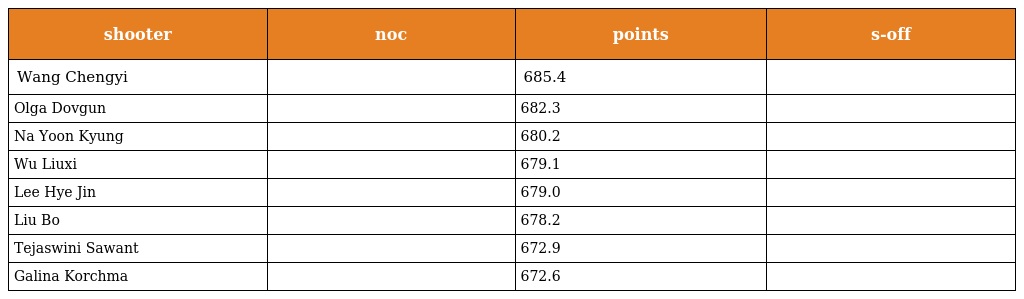
| shooter | noc | points | s-off |
 | --- | --- | --- | --- |
 | Wang Chengyi |  | 685.4 |  |
 | Olga Dovgun |  | 682.3 |  |
 | Na Yoon Kyung |  | 680.2 |  |
 | Wu Liuxi |  | 679.1 |  |
 | Lee Hye Jin |  | 679.0 |  |
 | Liu Bo |  | 678.2 |  |
 | Tejaswini Sawant |  | 672.9 |  |
 | Galina Korchma |  | 672.6 |  |